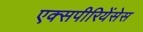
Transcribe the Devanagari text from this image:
एक्सपीरियेंसेस